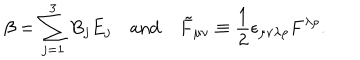
\beta = \sum _ { j = 1 } ^ { 3 } B _ { j } E _ { j } \quad \mathrm { a n d } \quad { \tilde { F } } _ { \mu \nu } \equiv \frac 1 2 \epsilon _ { \mu \nu \lambda \rho } F ^ { \lambda \rho } .